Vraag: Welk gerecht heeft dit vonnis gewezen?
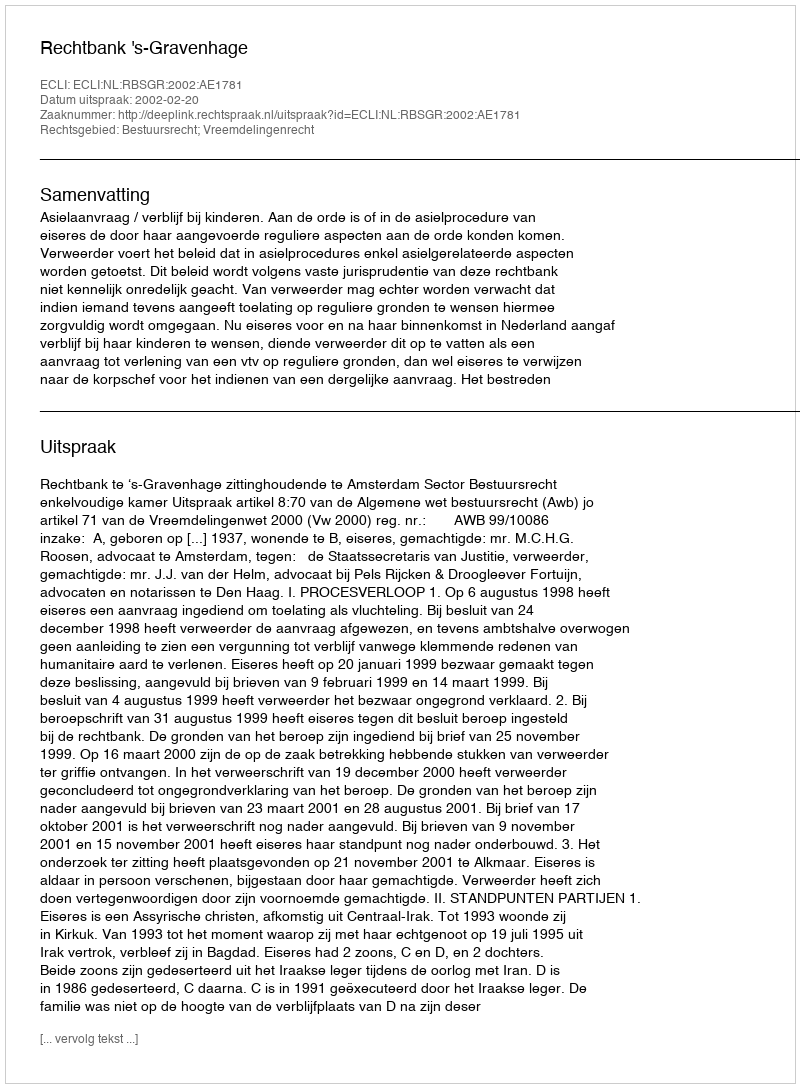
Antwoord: Rechtbank 's-Gravenhage